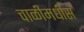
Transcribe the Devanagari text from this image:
चाळीमधीस